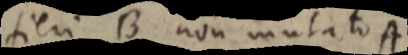
fieri B non mutato A